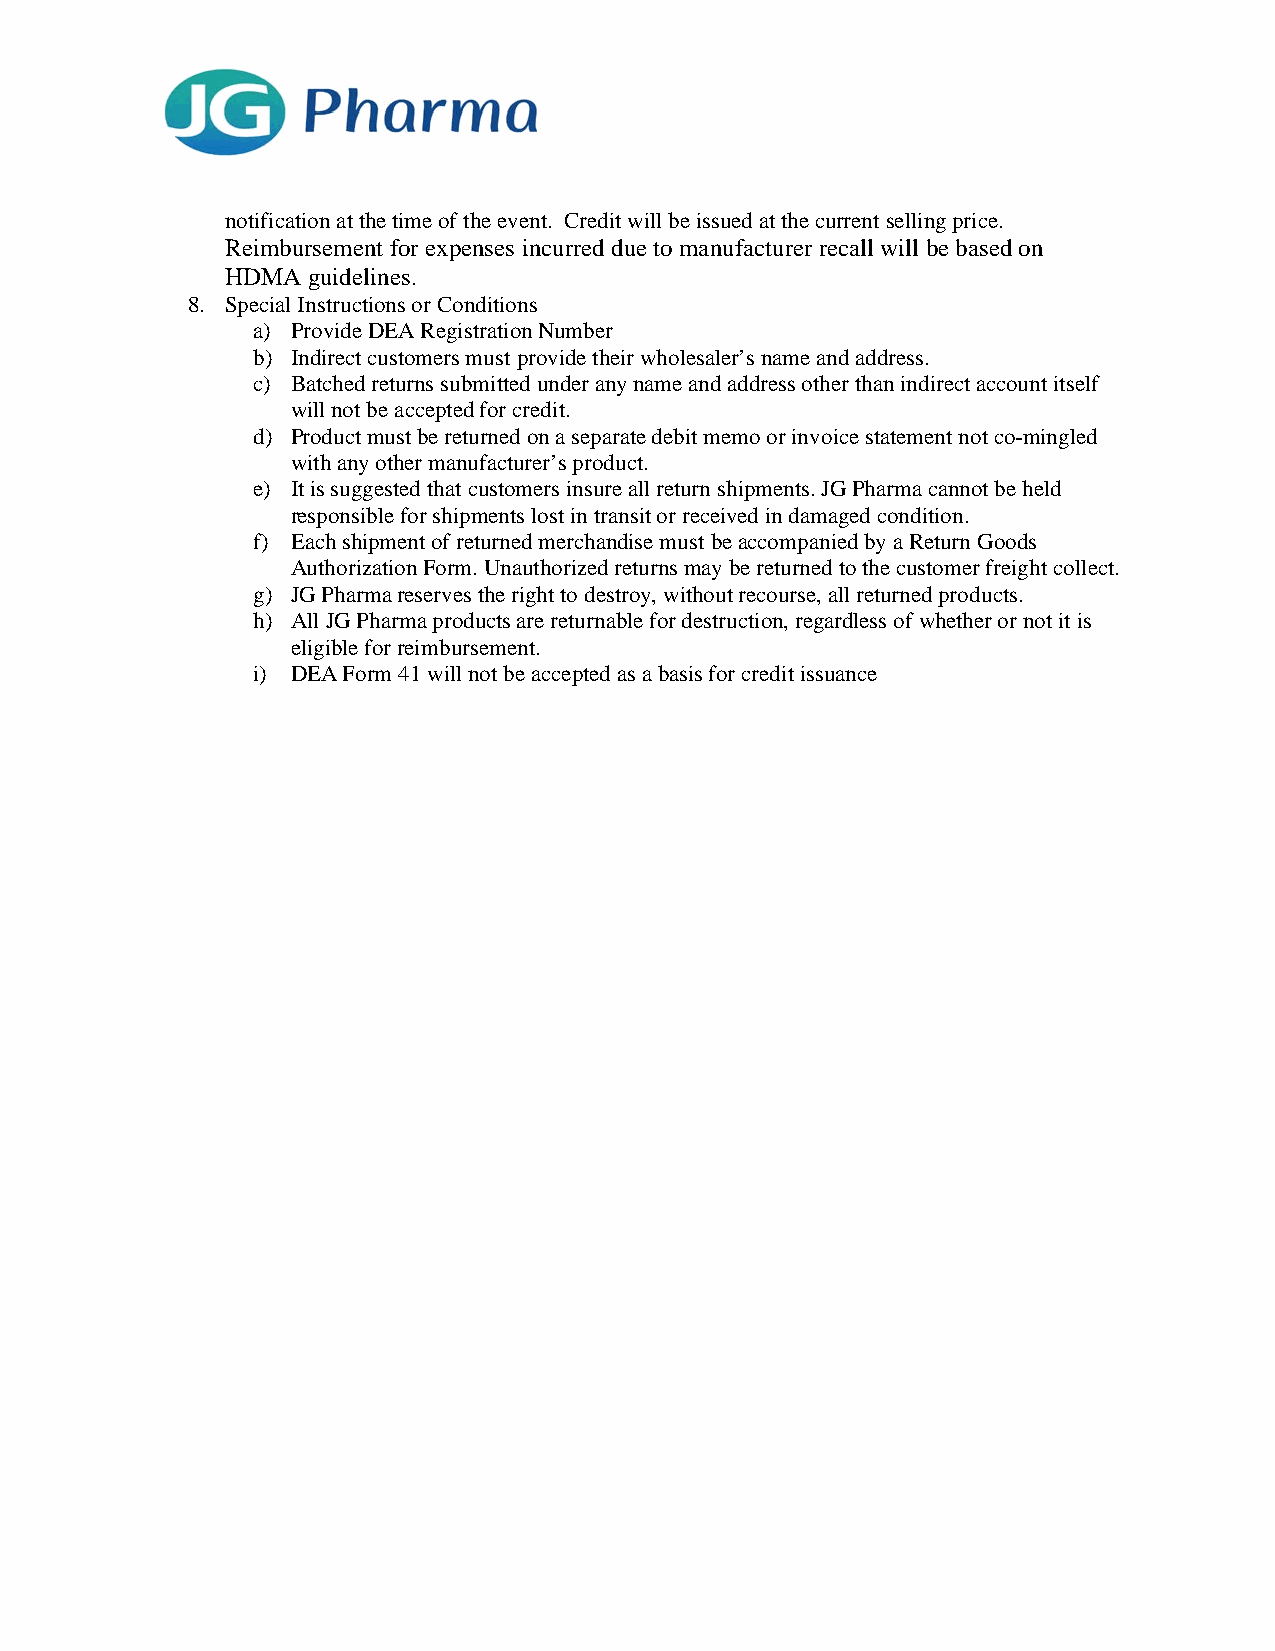
notification at the time of the event. Credit will be issued at the current selling price.
 Reimbursement for expenses incurred due to manufacturer recall will be based on
 HDMA guidelines.
 8. Special Instructions or Conditions
 a) Provide DEA Registration Number
 b) Indirect customers must provide their wholesaler’s name and address.
 c) Batched returns submitted under any name and address other than indirect account itself
 will not be accepted for credit.
 d) Product must be returned on a separate debit memo or invoice statement not co-mingled
 with any other manufacturer’s product.
 e) It is suggested that customers insure all return shipments. JG Pharma cannot be held
 responsible for shipments lost in transit or received in damaged condition.
 f) Each shipment of returned merchandise must be accompanied by a Return Goods
 Authorization Form. Unauthorized returns may be returned to the customer freight collect.
 g) JG Pharma reserves the right to destroy, without recourse, all returned products.
 h) All JG Pharma products are returnable for destruction, regardless of whether or not it is
 eligible for reimbursement.
 i) DEA Form 41 will not be accepted as a basis for credit issuance